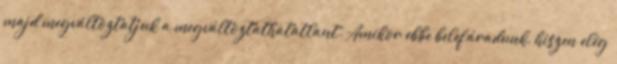
majd megváltoztatjuk a megváltoztathatatlant. Amikor ebbe belefáradunk, hiszen elég